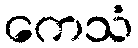
ကေသံ